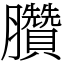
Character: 臢